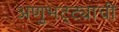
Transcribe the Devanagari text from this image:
अणुभट्ट्याची